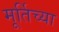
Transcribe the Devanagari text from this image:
मूर्तिच्या